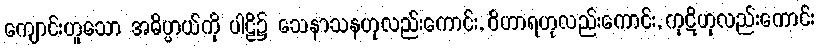
ကျောင်းဟူသော အဓိပ္ပာယ်ကို ပါဠိ၌ သေနာသနဟုလည်းကောင်း, ဝိဟာရဟုလည်းကောင်း, ကုဋိဟုလည်းကောင်း